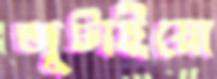
জুটাইয়ো